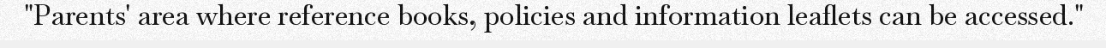
"Parents' area where reference books, policies and information leaflets can be accessed."